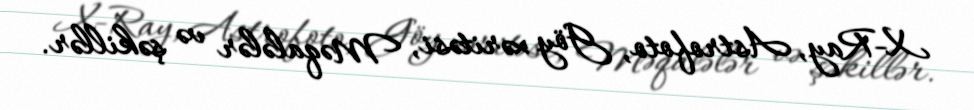
X-Ray, Astrofoto, Göy xəritəsi, Məqalələr və şəkillər.